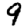
Digit: 9